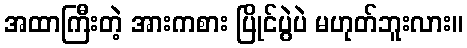
အထာကြီးတဲ့ အားကစား ပြိုင်ပွဲပဲ မဟုတ်ဘူးလား။